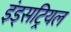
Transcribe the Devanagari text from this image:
इंड्सट्रियल